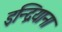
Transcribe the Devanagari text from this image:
इन्द्रियाना